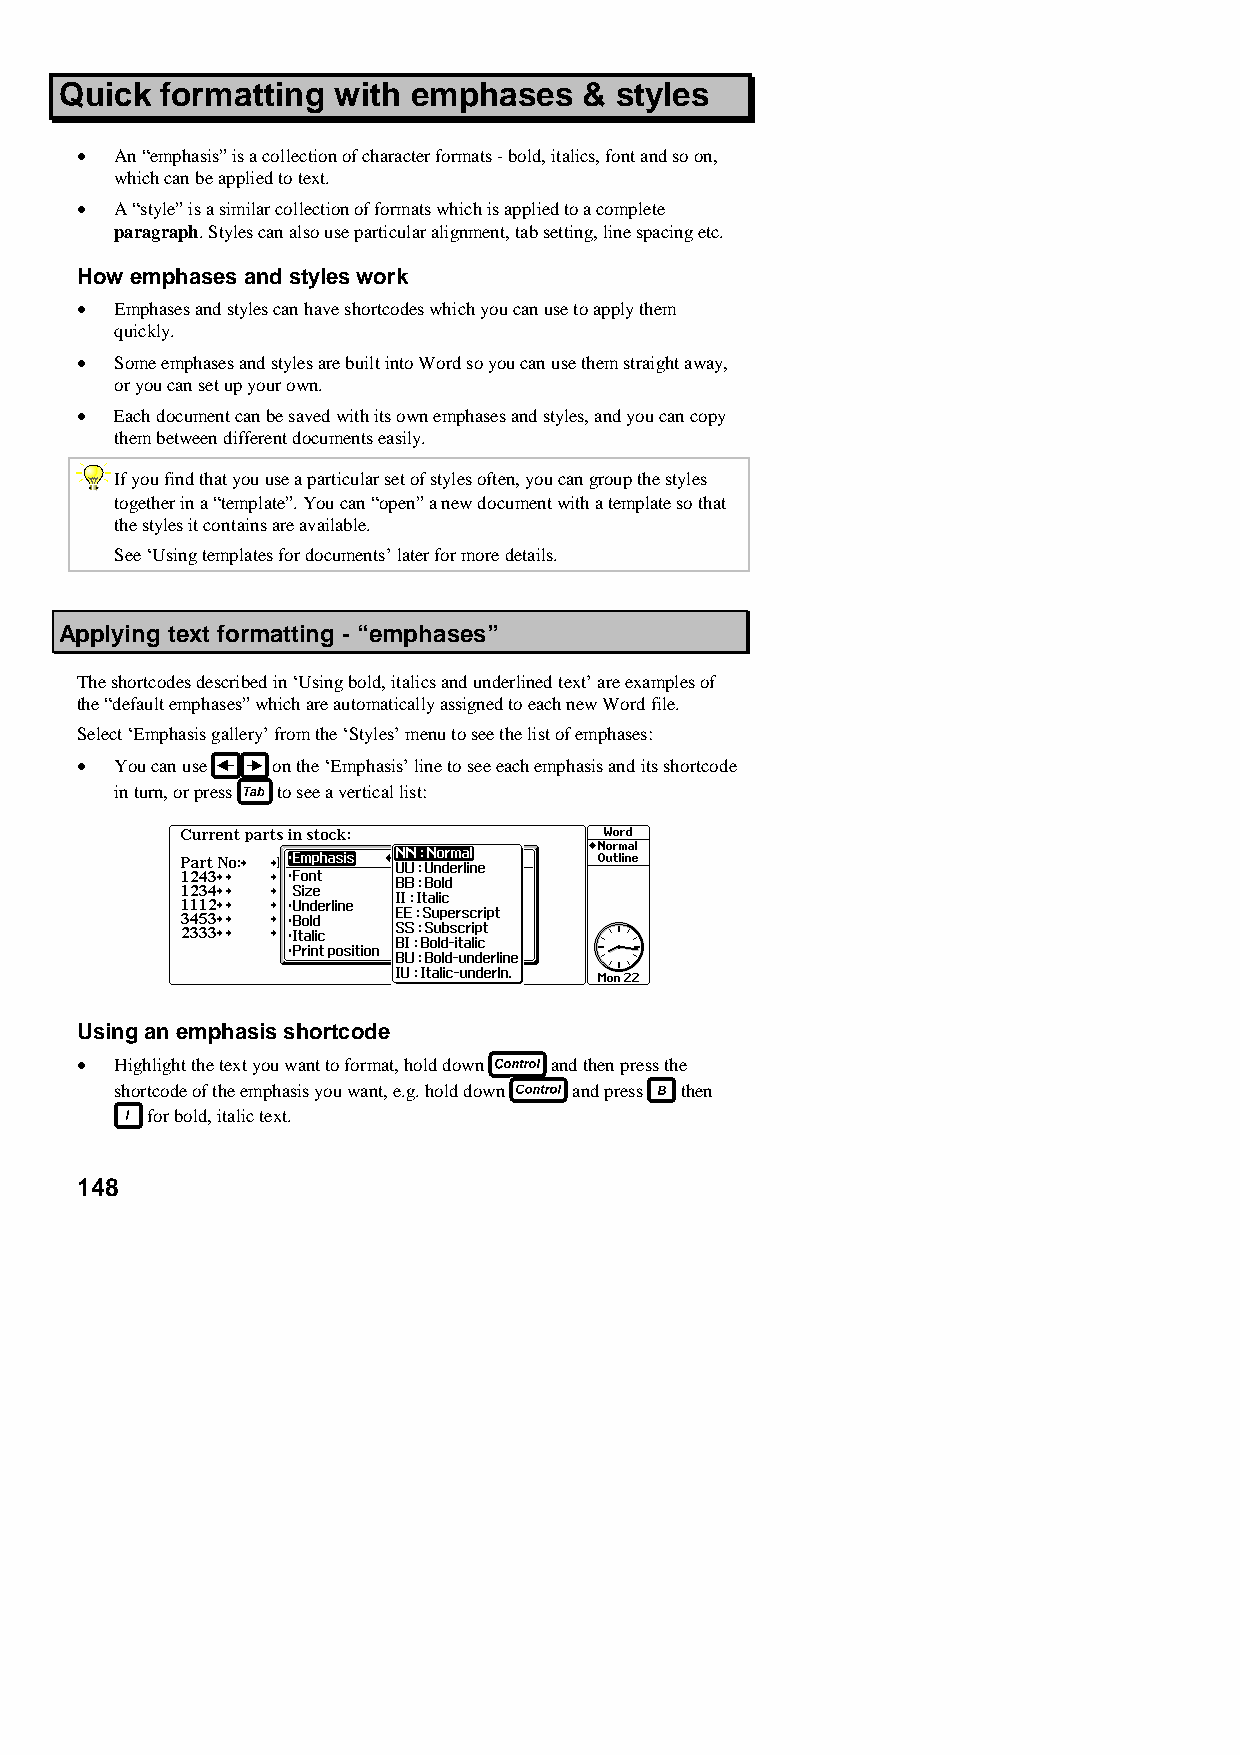
Quick  formatting with emphases    & styles
 •  An “emphasis” is a collection of character formats - bold, italics, font and so on,
 which can be applied to text.
 •  A “style” is a similar collection of formats which is applied to a complete
 paragraph. Styles can also use particular alignment, tab setting, line spacing etc.
 How emphases and styles work
 •  Emphases and styles can have shortcodes which you can use to apply them
 quickly.
 •  Some emphases and styles are built into Word so you can use them straight away,
 or you can set up your own.
 •  Each document can be saved with its own emphases and styles, and you can copy
 them between different documents easily.
 If you find that you use a particular set of styles often, you can group the styles
 together in a “template”. You can “open” a new document with a template so that
 the styles it contains are available.
 See ‘Using templates for documents’ later for more details.
 Applying text formatting - “emphases”
 The shortcodes described in ‘Using bold, italics and underlined text’ are examples of
 the “default emphases” which are automatically assigned to each new Word file.
 Select ‘Emphasis gallery’ from the ‘Styles’ menu to see the list of emphases:
 •  You can use on the ‘Emphasis’ line to see each emphasis and its shortcode
 in turn, or press to see a vertical list:
 Using an emphasis shortcode
 •  Highlight the text you want to format, hold down and then press the
 shortcode of the emphasis you want, e.g. hold down and press then
 for bold, italic text.
 148